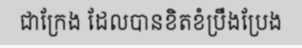
ជាក្រែង ដែលបានខិតខំប្រឹងប្រែង